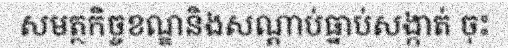
សមត្ថកិច្ចខណ្ឌនិងសណ្តាប់ធ្នាប់សង្កាត់ ចុះ